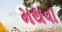
મથવા